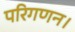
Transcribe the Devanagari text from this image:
परिगणन।